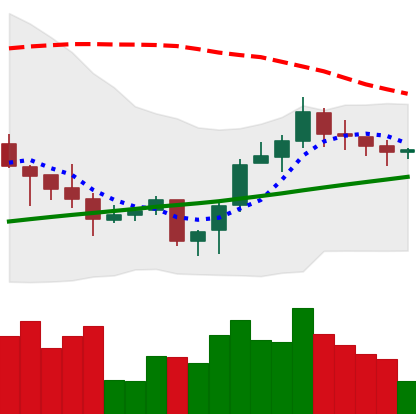
Ticker: LINK-USD
Chart end date: 2020-10-17
Forward return: 12.08%
Label: up_7plus